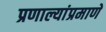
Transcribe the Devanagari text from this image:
प्रणाल्यांप्रमाणे